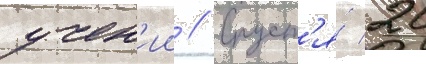
учен'ии // Спуст'я́ 20